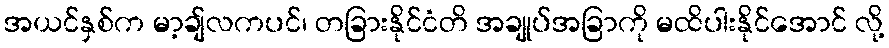
အယင်နှစ်က မာ့ချ်လကပင်၊ တခြားနိုင်ငံတိ အချုပ်အခြာကို မထိပါးနိုင်အောင် လို့